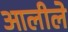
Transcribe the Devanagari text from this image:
आलीले